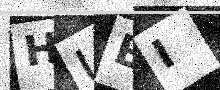
Text: HUBI